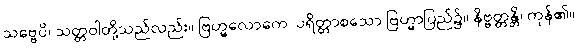
သဗ္ဗေပိ၊ သတ္တဝါတို့သည်လည်း။ ဗြဟ္မလောကေ၊ ပရိတ္တာစသော ဗြဟ္မာပြည်၌။ နိဗ္ဗတ္တန္တိ၊ ကုန်၏။